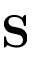
\mathbf { S }